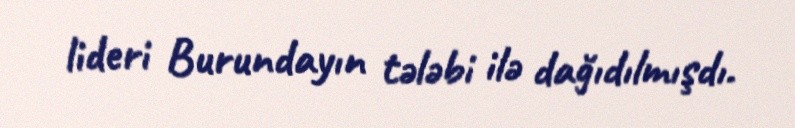
lideri Burundayın tələbi ilə dağıdılmışdı.